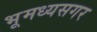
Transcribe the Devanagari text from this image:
भूमध्यसगर